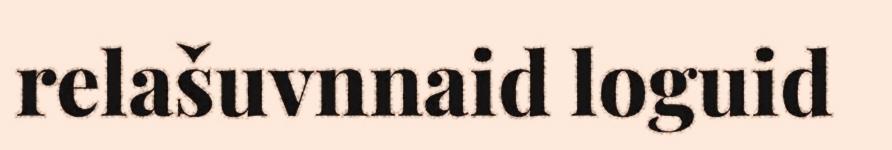
relašuvnnaid loguid